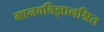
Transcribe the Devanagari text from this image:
मानवविज्ञानश्रित